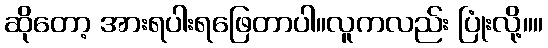
ဆိုတော့ အားရပါးရဖြေတာပါ။လူကလည်း ပြုံးလို့။။